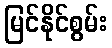
မြင်နိုင်စွမ်း